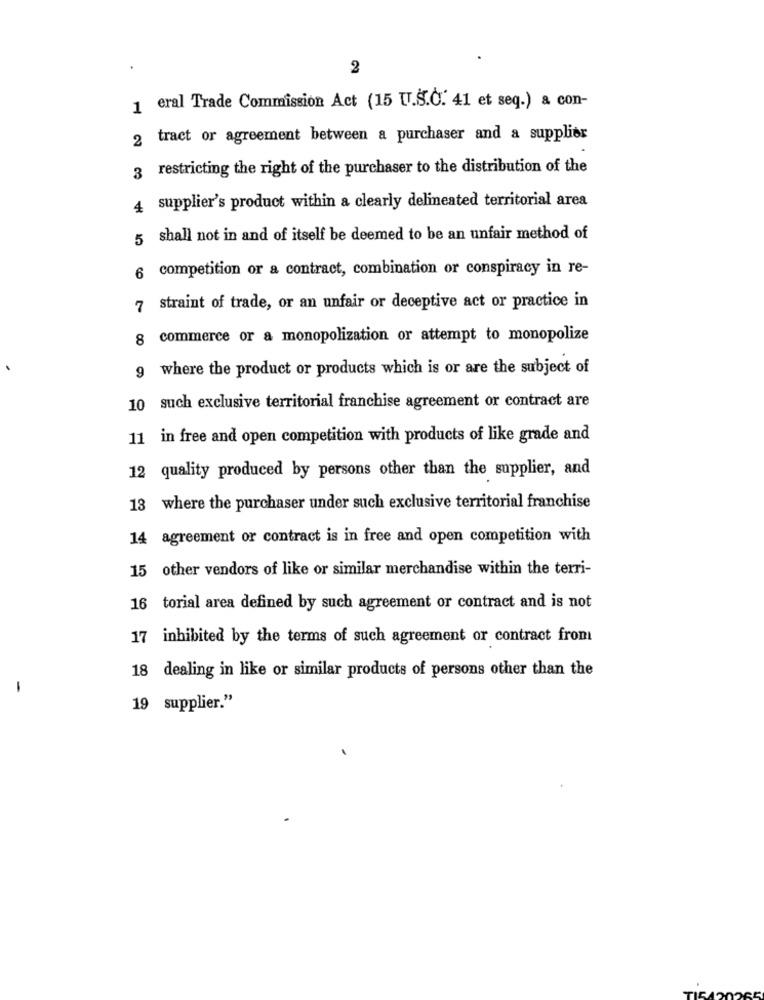
2
1 eral Trade Commission Act (15 [.S.O. 41 et seq.) a con-
2 tract or agreement between a purchaser and a supplier
3 restricting the right of the purchaser to the distribution of the
4 supplier's product within a clearly delineated territorial area
5 shall not in and of itself be deemed to be an unfair method of
6 competition or a contract, combination or conspiracy in re-
7 straint of trade, or an unfair or deceptive act or practice in
8 commerce or a monopolization or attempt to monopolize
9 where the product or products which is or are the subject of
10 such exclusive territorial franchise agreement or contract are
11 in free and open competition with products of like grade and
12 quality produced by persons other than the supplier, and
13 where the purchaser under such exclusive territorial franchise
14 agreement or contract is in free and open competition with
15 other vendors of like or similar merchandise within the terri-
16 torial area defined by such agreement or contract and is not
17 inhibited by the terms of such agreement or contract front
18
dealing in like or similar products of persons other than the
-
19 supplier."